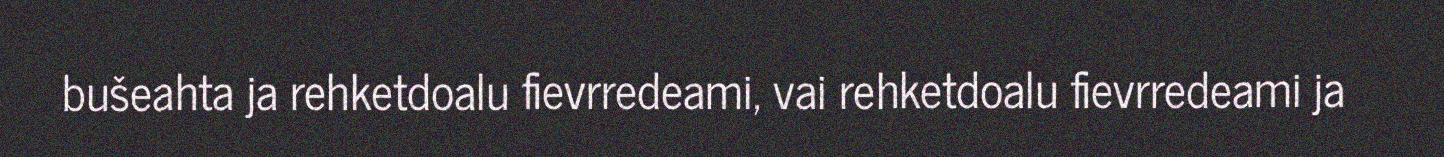
bušeahta ja rehketdoalu fievrredeami, vai rehketdoalu fievrredeami ja